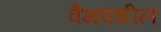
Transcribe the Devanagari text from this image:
वैभवशील